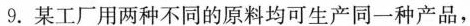
9.某工厂用两种不同的原料均可生产同一种产品，